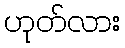
ဟုတ်လား